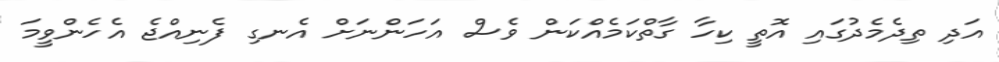
އަދި ތިދެމެދުގައި އޮތީ ކިހާ ގާތްކަމެއްކަން ވެސް އަހަންނަށް އެނގި ފެނިއްޖެ އެހެންވީމަ